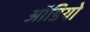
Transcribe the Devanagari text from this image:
आॅडियो